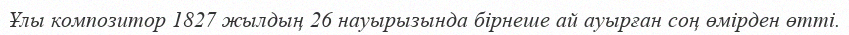
Ұлы композитор 1827 жылдың 26 науырызында бірнеше ай ауырған соң өмірден өтті.